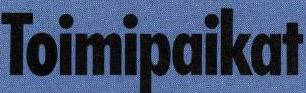
Toimipaikat